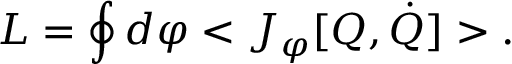
L = \oint d \varphi < J _ { \varphi } [ Q , \dot { Q } ] > .